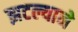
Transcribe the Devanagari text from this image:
झटल्याने